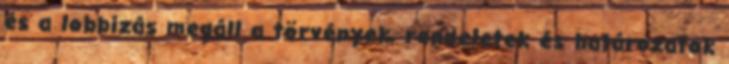
és a lobbizás megáll a törvények, rendeletek és határozatok